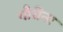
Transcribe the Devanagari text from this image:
गौरींना